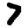
Digit: 7